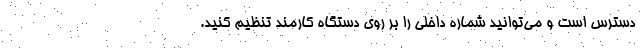
دسترس است و می‌توانید شماره داخلی را بر روی دستگاه کارمند تنظیم کنید.